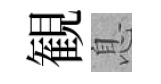
観息